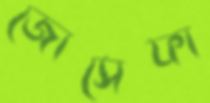
জোসেফা